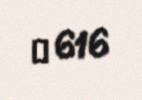
№ 616